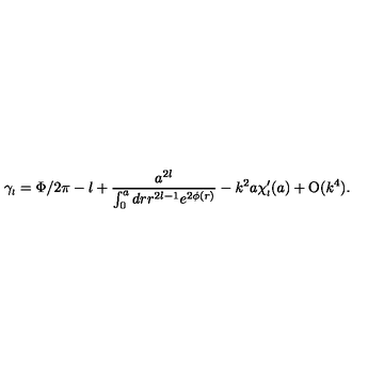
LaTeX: \gamma _ { \scriptscriptstyle { l } } = \Phi / 2 \pi - l + \frac { a ^ { 2 l } } { \int _ { 0 } ^ { a } d r r ^ { 2 l - 1 } e ^ { 2 \phi ( r ) } } - k ^ { 2 } a \chi _ { \scriptscriptstyle { l } } ^ { \prime } ( a ) + \mathrm { O } ( k ^ { 4 } ) .